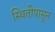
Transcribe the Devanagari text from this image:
स्थितीपासून